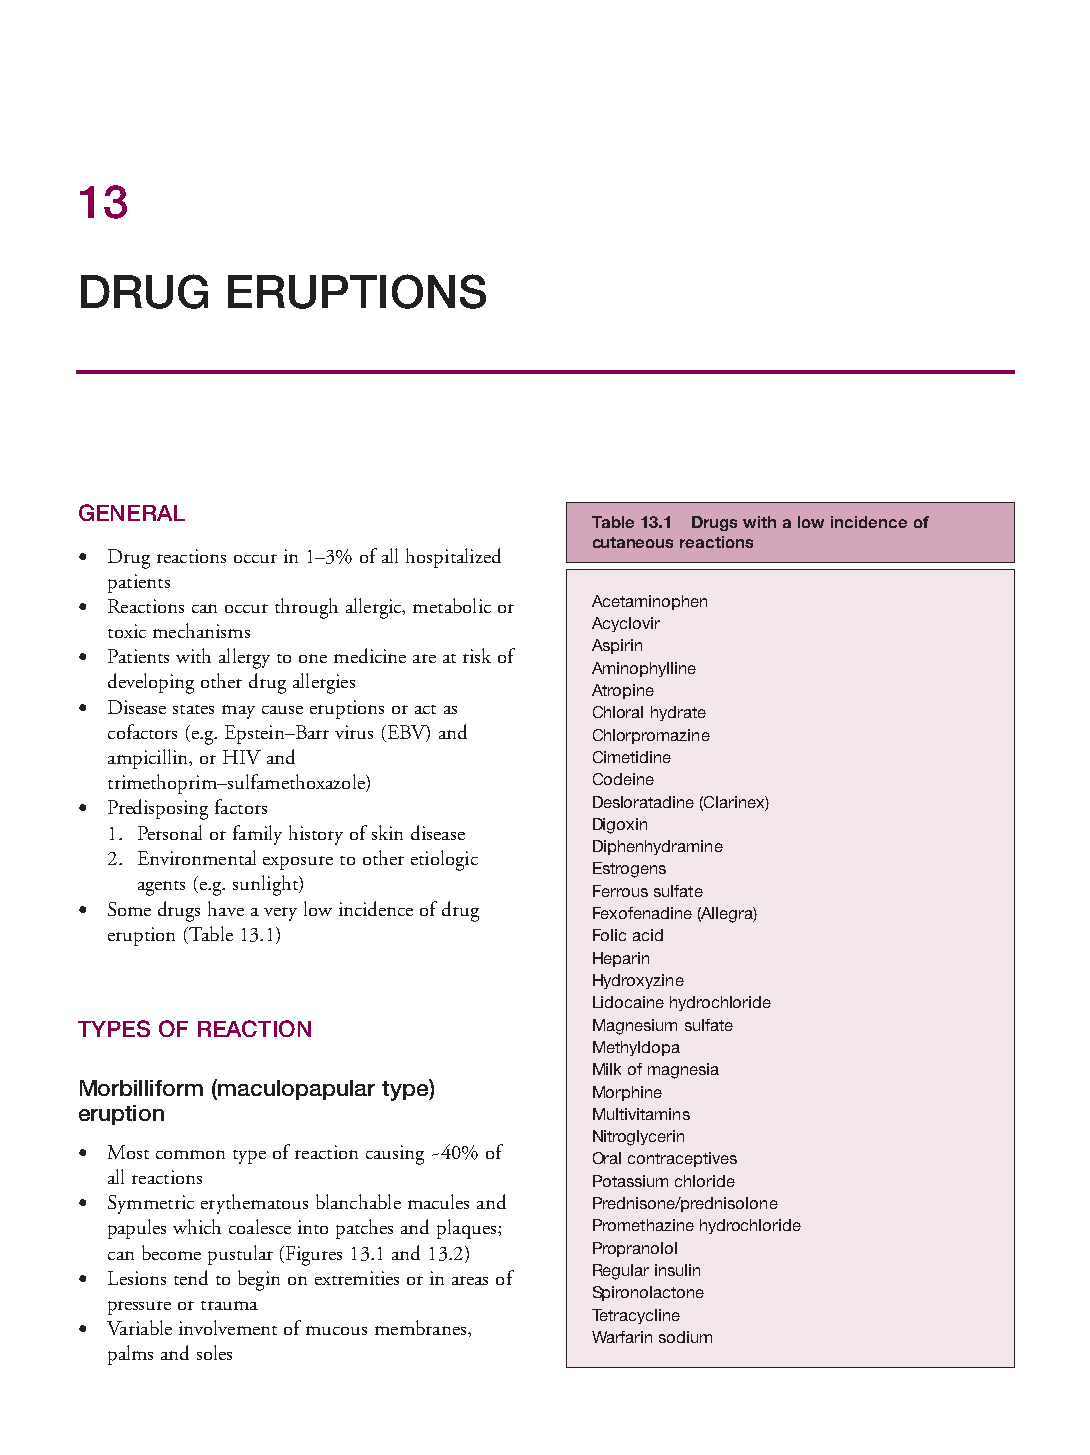
Mallory Chapter 13 27/1/05 2:29 pm Page 217
 13
 DRUG      ERUPTIONS
 GENERAL
 Table 13.1 Drugs with a low incidence of
 cutaneous reactions
 • Drug reactions occur in 1–3% of all hospitalized
 patients
 • Reactions can occur through allergic, metabolic or Acetaminophen
 Acyclovir
 toxic mechanisms
 Aspirin
 • Patients with allergy to one medicine are at risk of
 Aminophylline
 developing other drug allergies
 Atropine
 • Disease states may cause eruptions or act as
 Chloral hydrate
 cofactors (e.g. Epstein–Barr virus (EBV) and Chlorpromazine
 ampicillin, or HIV and          Cimetidine
 trimethoprim–sulfamethoxazole)  Codeine
 • Predisposing factors            Desloratadine (Clarinex)
 Digoxin
 1. Personal or family history of skin disease
 Diphenhydramine
 2. Environmental exposure to other etiologic
 Estrogens
 agents (e.g. sunlight)
 Ferrous sulfate
 • Some drugs have a very low incidence of drug Fexofenadine (Allegra)
 eruption (Table 13.1)           Folic acid
 Heparin
 Hydroxyzine
 Lidocaine hydrochloride
 TYPES OF REACTION                 Magnesium sulfate
 Methyldopa
 Milk of magnesia
 Morbilliform (maculopapular type)
 Morphine
 eruption                          Multivitamins
 Nitroglycerin
 • Most common type of reaction causing ~40% of
 Oral contraceptives
 all reactions                   Potassium chloride
 • Symmetric erythematous blanchable macules and Prednisone/prednisolone
 papules which coalesce into patches and plaques; Promethazine hydrochloride
 can become pustular (Figures 13.1 and 13.2) Propranolol
 • Lesions tend to begin on extremities or in areas of Regular insulin
 Spironolactone
 pressure or trauma
 Tetracycline
 • Variable involvement of mucous membranes,
 Warfarin sodium
 palms and soles